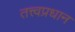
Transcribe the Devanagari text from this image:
तत्त्वप्रधान